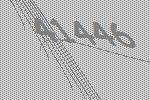
41446